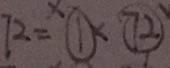
7 2 = \textcircled { 1 } 1 \times \textcircled { 7 2 }